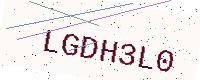
Text: LGDH3L0